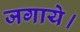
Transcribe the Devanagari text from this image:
जगाये।